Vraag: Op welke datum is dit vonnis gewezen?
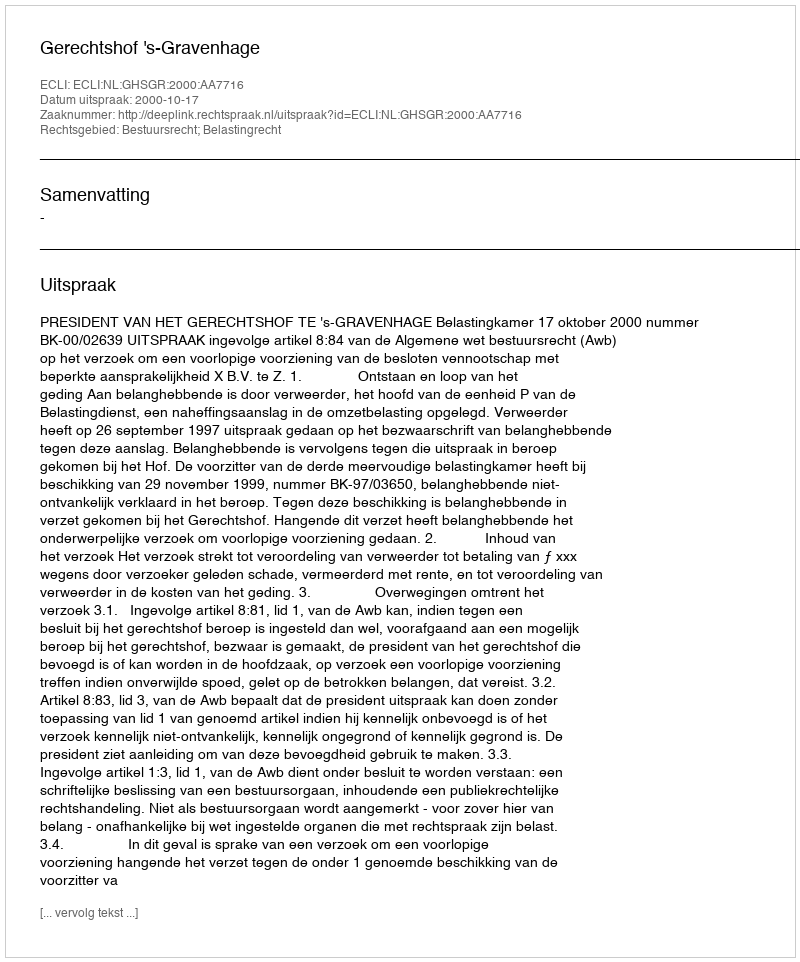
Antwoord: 2000-10-17